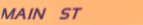
MAIN ST